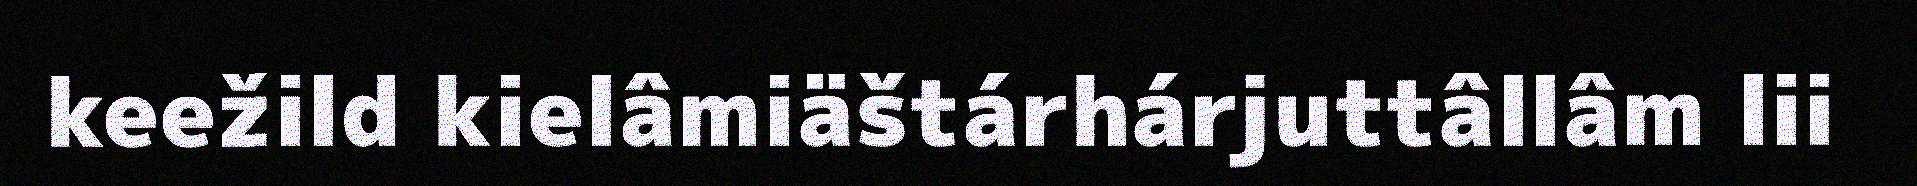
keežild kielâmiäštárhárjuttâllâm lii